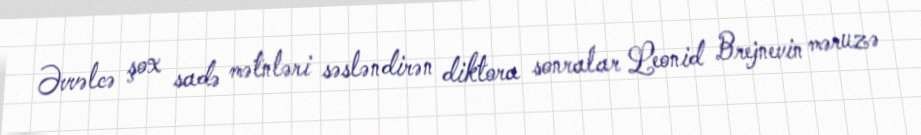
Əvvəlcə şox sadə mətnləri səsləndirən diktora sonralar Leonid Brejnevin məruzə